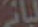
لبائر